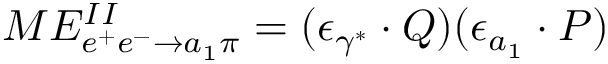
M E _ { e ^ { + } e ^ { - } \rightarrow a _ { 1 } \pi } ^ { I I } = ( { \epsilon _ { \gamma ^ { * } } } \cdot Q ) ( \epsilon _ { a _ { 1 } } \cdot P )